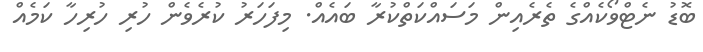
ބޮޑު ނެޓްވޯކެއްގެ ތެރެއިން މަސައްކަތްކުރާ ބައެއް. މިފަހަރު ކުރެވެން ހުރި ހުރިހާ ކަމެއް